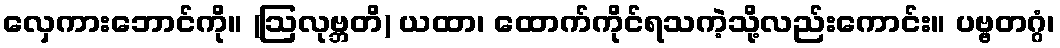
လှေကားဘောင်ကို။ (ဩလုဗ္ဘတိ) ယထာ၊ ထောက်ကိုင်ရသကဲ့သို့လည်းကောင်း။ ပဗ္ဗတဂ္ဂံ၊